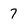
Character: 7